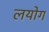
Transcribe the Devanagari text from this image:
लयोग